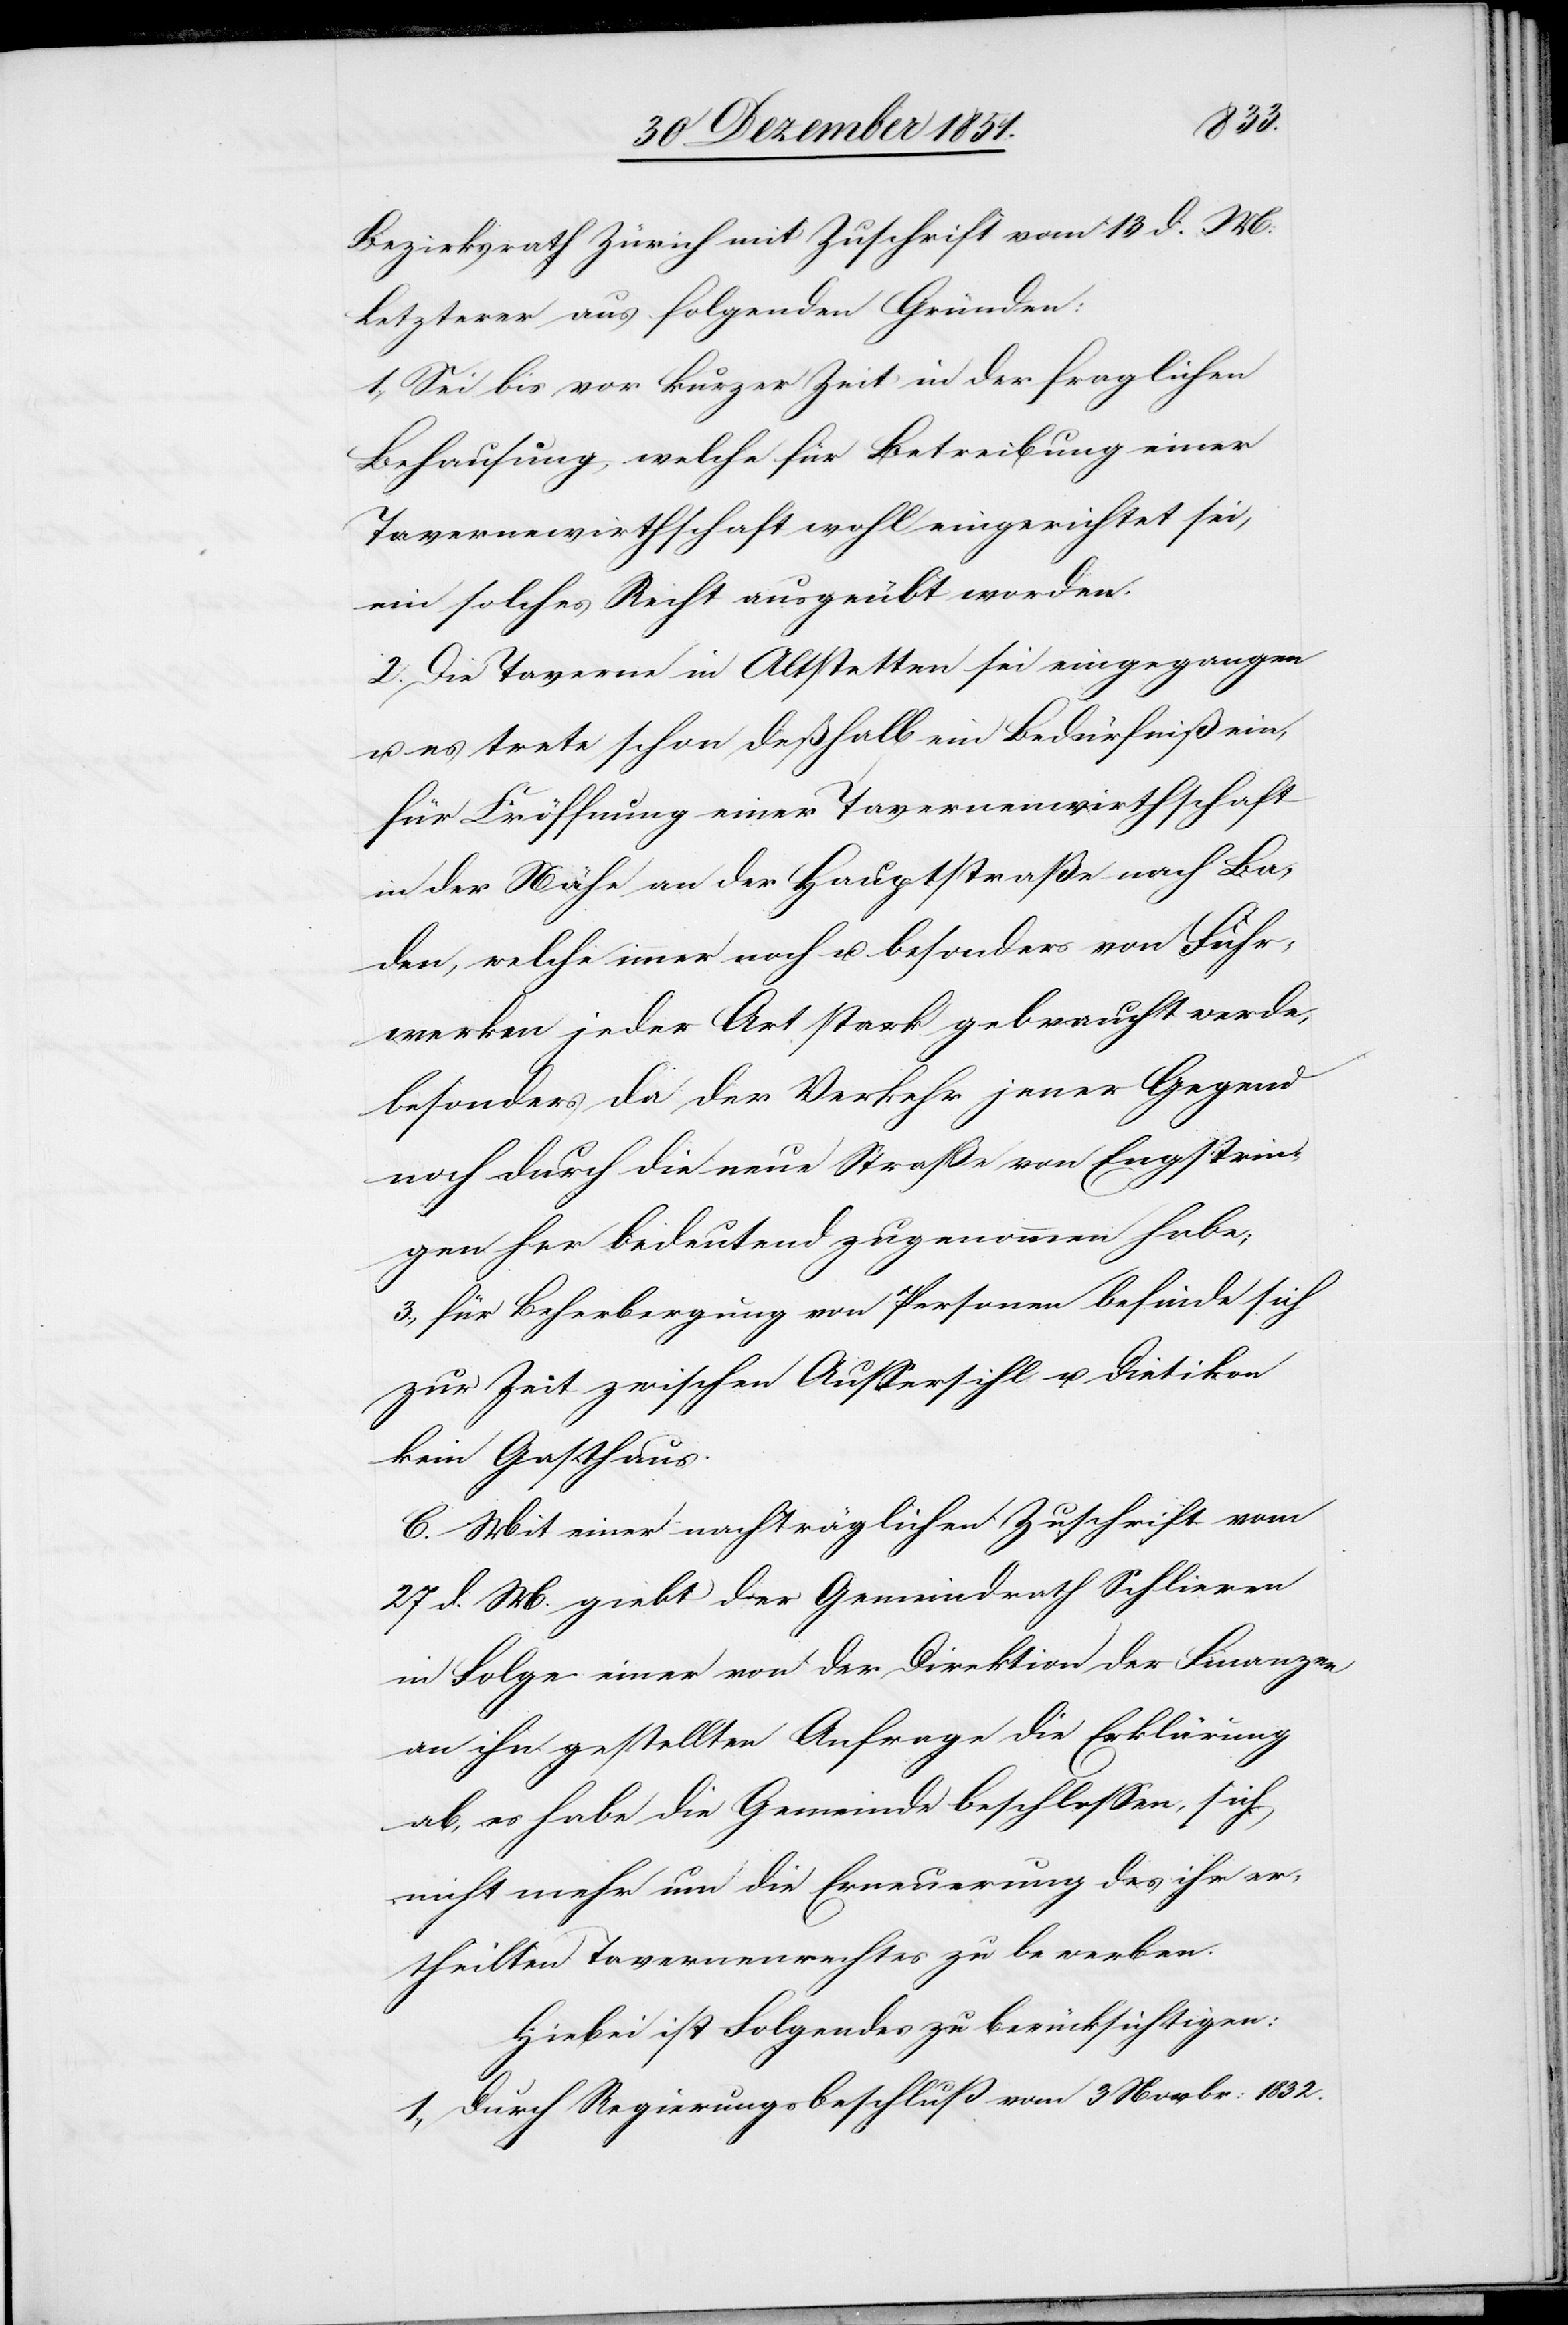
Bezirksrath Zürich mit Zuschrift vom 13 d. M.
Letzterer aus folgenden Gründen:
1., Sei bis vor kurzer Zeit in der fraglichen
Behausung, welche für Betreibung einer
Tavernenwirthschaft wohl eingerichtet sei,
ein solches Recht ausgeübt worden.
2. Die Taverne in Altstetten sei eingegangen
u. es trete schon deßhalb ein Bedürfniß ein,
für Eröffnung einer Tavernenwirthschaft
in der Nähe an der Hauptstraße nach Ba¬
den, welche immer noch u. besonders von Fuhr¬
werken jeder Art stark gebraucht werde,
besonders da der Verkehr jener Gegend
noch durch die neue Straße von Engstrin¬
gen her bedeutend zugenommen habe;
3., für Beherbergung von Personen befinde sich
zur Zeit zwischen Aussersihl u. Dietikon
kein Gasthaus.
C. Mit einer nachträglichen Zuschrift vom
27 d. M. giebt [sic!] der Gemeindrath Schlieren
in Folge einer von der Direktion der Finanzen
an ihn gestellten Anfrage die Erklärung
ab, es habe die Gemeinde beschlossen, sich
nicht mehr um die Erneuerung des ihr er¬
theilten Tavernenrechtes zu bewerben.
Hiebei ist Folgendes zu berücksichtigen:
1., Durch Regierungsbeschluß vom 3 Novbr: 1832.